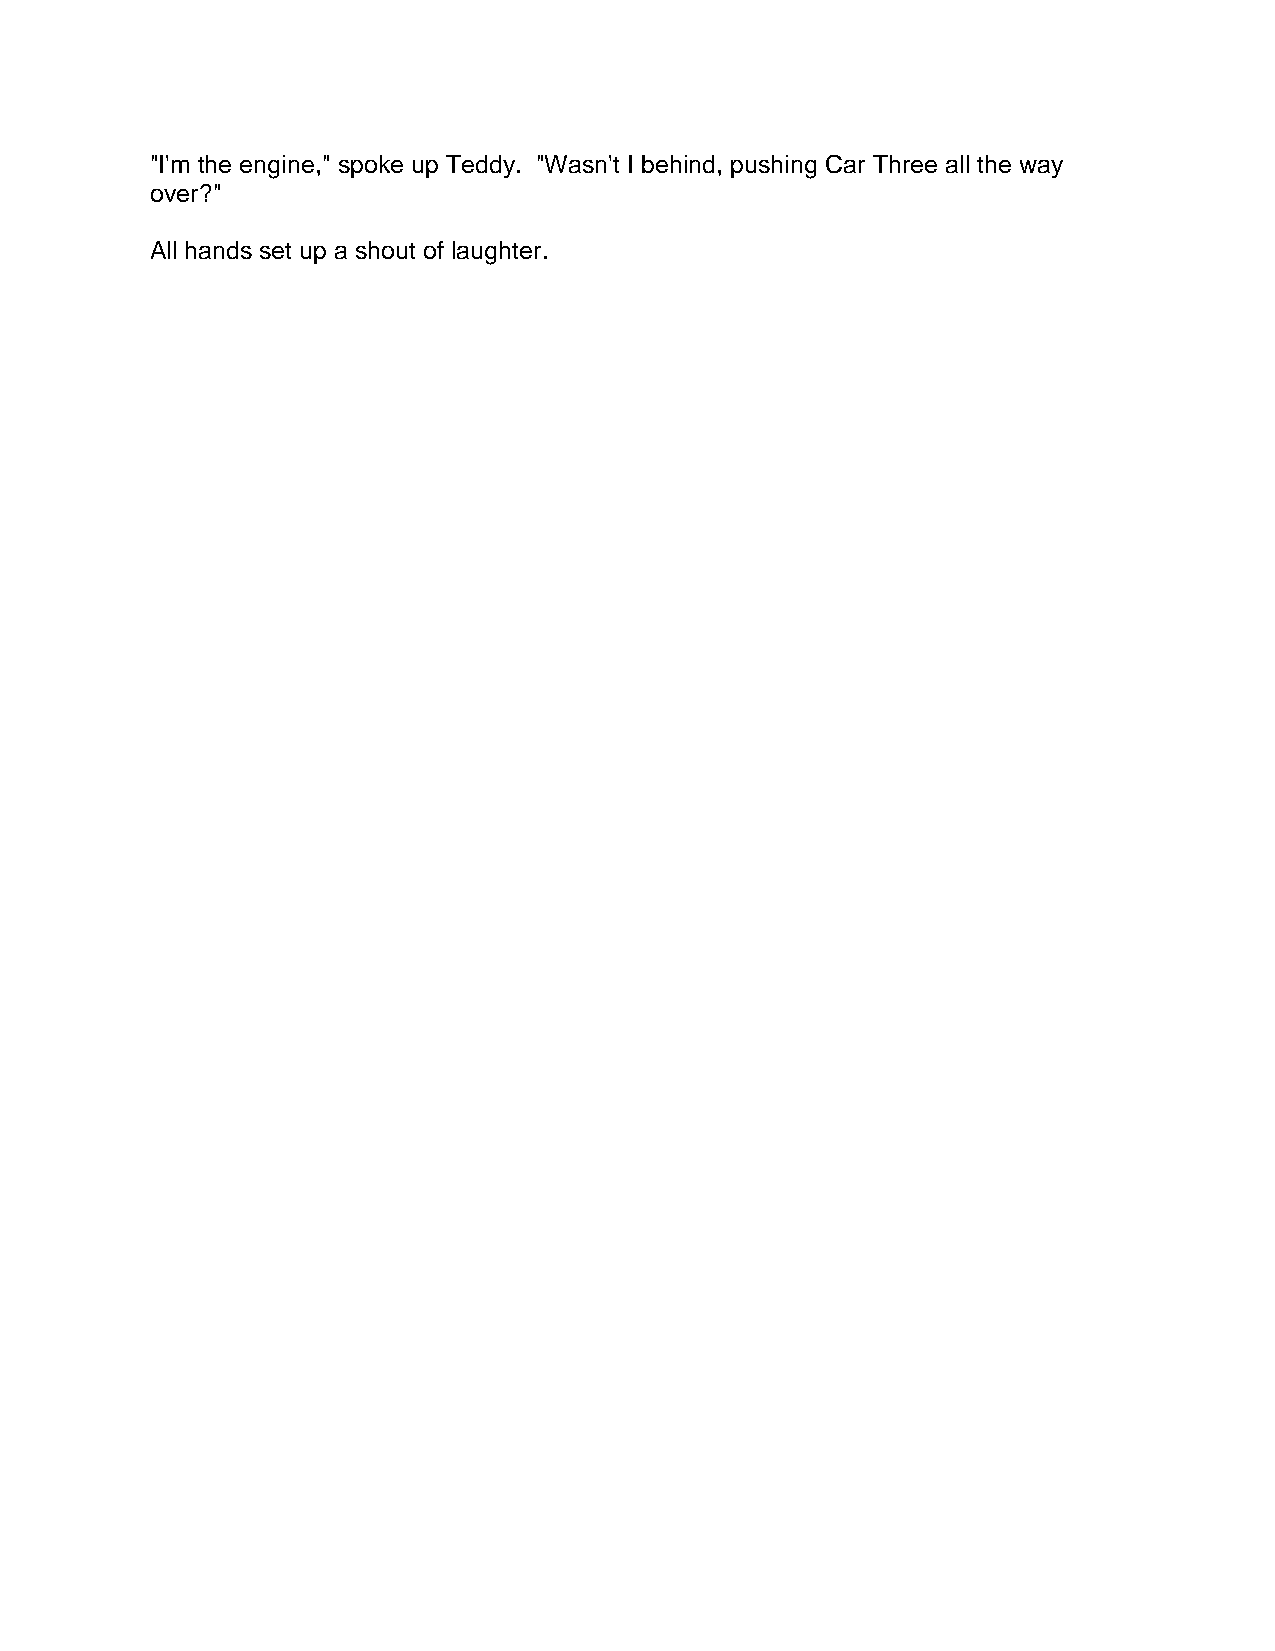
"I'm the engine," spoke up Teddy. "Wasn't I behind, pushing Car Three all the way
 over?"
 All hands set up a shout of laughter.